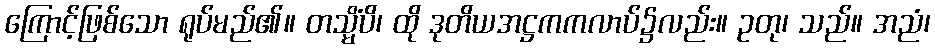
ကြောင့်ဖြစ်သော ရုပ်မည်၏။ တသ္မိံပိ၊ ထို ဒုတိယအဋ္ဌကကလာပ်၌လည်း။ ဥတု၊ သည်။ အညံ၊